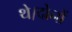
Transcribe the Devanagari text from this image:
थे।दोनों